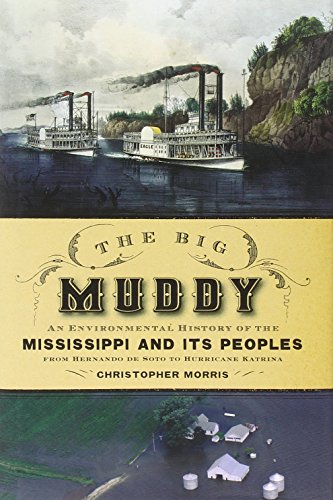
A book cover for The Big Muddy: An Environmental History of the Mississippi and Its Peoples from Hernando de Soto to Hurricane Katrina; Christopher Morris; History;